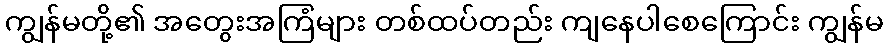
ကျွန်မတို့၏ အတွေးအကြံများ တစ်ထပ်တည်း ကျနေပါစေကြောင်း ကျွန်မ